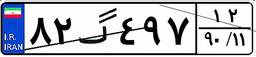
۸۲گ۴۹۷۱۲